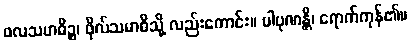
ဖလသမာဓိဉ္စ၊ ဖိုလ်သမာဓိသို့ လည်းကောင်း။ ပါပုဏန္တိ၊ ရောက်ကုန်၏။